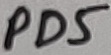
Text: PD5